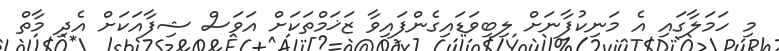
މި ހަމަލާގައި އެ މަނިކުފާނަށް ލިބިވަޑައިގެންފައިވާ ޒަޚަމްތަކަށް އަވަސް ޝިފާއަކަށް އެދި މާތް